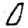
Digit: 0